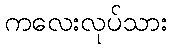
ကလေးလုပ်သား